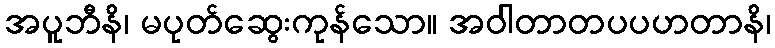
အပူဘီနိ၊ မပုတ်ဆွေးကုန်သော။ အဝါတာတပပဟတာနိ၊